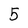
Character: 5